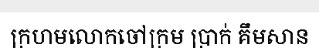
ក្រហមលោកចៅក្រម ប្រាក់ គឹមសាន